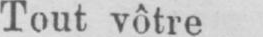
Tout vôtre